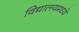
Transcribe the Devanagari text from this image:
विद्यालयमध्ये